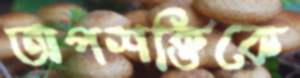
অপশক্তিকে